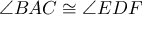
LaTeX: \angle B A C \cong \angle E D F